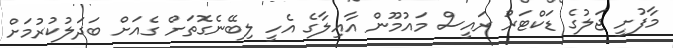
މާފުށީ ޖަލުގެ ޑަކްޓަރު ރައީސް މައުމޫން އާއިލާގެ އެހީ ލިބޭނެގޮތަށް ގެއަށް ބަދަލުކުރުމަށް